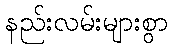
နည်းလမ်းများစွာ